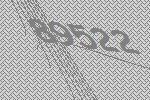
89522